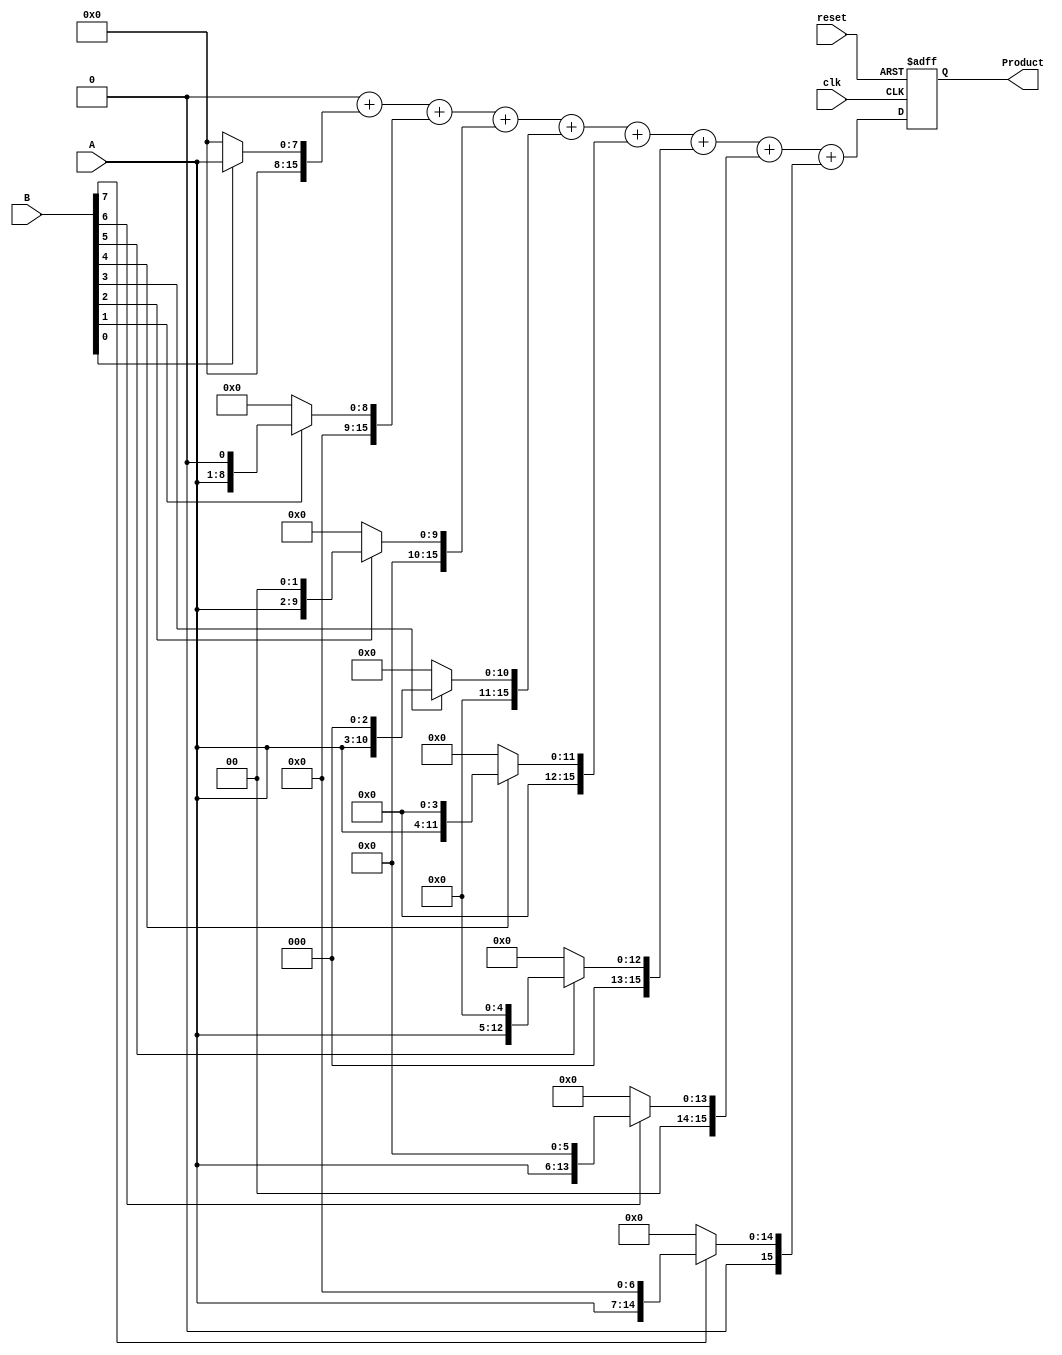
module PartialProductAccumulator #(
    parameter N = 8 // Bit-width of the inputs
)(
    input  wire [N-1:0] A,         // First operand (multiplier)
    input  wire [N-1:0] B,         // Second operand (multiplicand)
    input  wire clk,                // Clock signal
    input  wire reset,              // Active high reset
    output reg [2*N-1:0] Product    // Final accumulated product
);

    reg [2*N-1:0] partial_products [0:N-1]; // Array to hold partial products
    reg [2*N-1:0] accumulator;                // Accumulator for the product
    integer i;                                // Loop index

    // Generate partial products on the rising edge of the clock
    always @(posedge clk or posedge reset) begin
        if (reset) begin
            Product <= 0;                     // Clear product on reset
            accumulator <= 0;                 // Clear accumulator on reset
        end else begin
            // Generate partial products based on B
            for (i = 0; i < N; i = i + 1) begin
                if (B[i]) begin
                    partial_products[i] = A << i; // Left shift A by i positions
                end else begin
                    partial_products[i] = 0;     // Zero if B[i] is 0
                end
            end
            
            // Accumulate the partial products
            accumulator = 0; // Reset accumulator for this clock cycle
            for (i = 0; i < N; i = i + 1) begin
                accumulator = accumulator + partial_products[i]; // Add partial products
            end
            
            Product <= accumulator; // Update the product output
        end
    end

endmodule